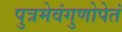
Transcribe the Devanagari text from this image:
पुत्रमेवंगुणोपेतं